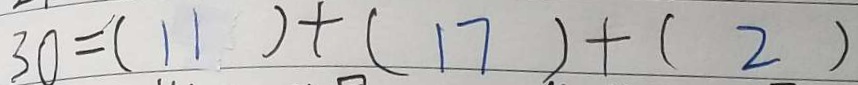
3 0 = ( 1 1 ) + ( 1 7 ) + ( 2 )